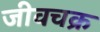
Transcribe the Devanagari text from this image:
जीवचक्र